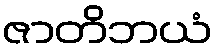
ဇာတိဘယံ